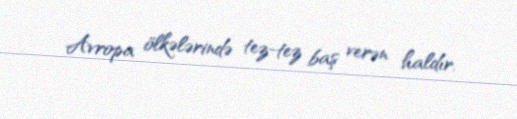
Avropa ölkələrində tez-tez baş verən haldır.